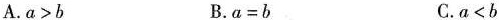
A. a>b B.α=b C.a<b